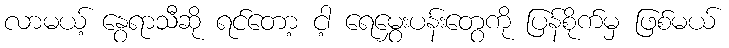
လာမယ့် နွေရာသီဆို ရင်တော့ ငါ့ ရေမွှေးပန်းတွေကို ပြန်စိုက်မှ ဖြစ်မယ်